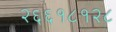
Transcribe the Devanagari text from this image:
२६६१८१२८